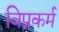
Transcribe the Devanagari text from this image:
विप्रकर्म